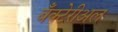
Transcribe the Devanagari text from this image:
बँक्टेरीअल